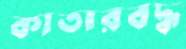
কাতারবদ্ধ